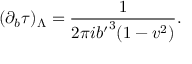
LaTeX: ( \partial _ { b } \tau ) _ { \Lambda } = { \frac { 1 } { 2 \pi i { b ^ { \prime } } ^ { 3 } ( 1 - v ^ { 2 } ) } } .